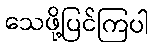
သေဖို့ပြင်ကြပါ